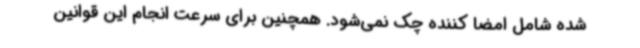
شده شامل امضا کننده چک نمی‌شود. همچنین برای سرعت انجام این قوانین